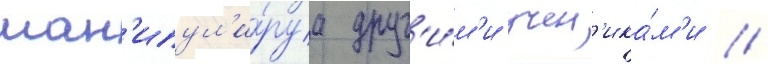
ман'ипул'и́руа друг'и́м'и учен'ика́м'и //